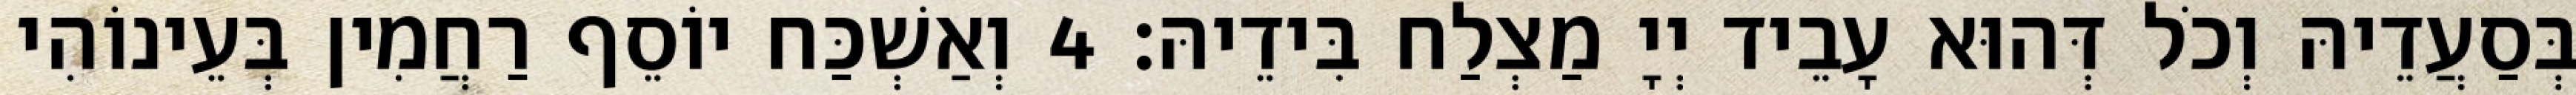
בְּסַעֲדֵיהּ וְכֹל דְּהוּא עָבֵיד יְיָ מַצְלַח בִּידֵיהּ׃ 4 וְאַשְׁכַּח יוֹסֵף רַחֲמִין בְּעֵינוֹהִי